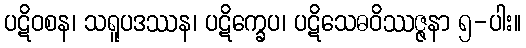
ပဋိဝစန၊ သရူပဒဿန၊ ပဋိက္ခေပ၊ ပဋိသေဓဝိဿဇ္ဇနာ ၅-ပါး။